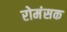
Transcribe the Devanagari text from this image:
रोमंसक